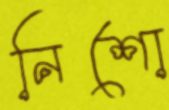
নিশো